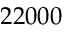
2 2 0 0 0